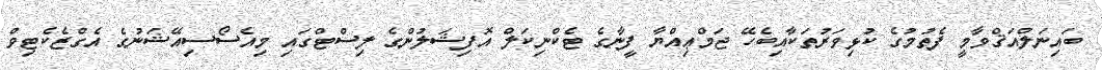
ބައިނަލްއަޤްވާމީ ފެތުމުގެ ކުޅިވަރުތަކާއިބެހޭ ޖަމްޢިއްޔާ ފީނާގެ ޓެކްނިކަލް އޮފިޝަލުންގެ ލިސްޓްގައި މިއެސޯސިއޭޝަނުގެ އެގްޒެކެޓިވް